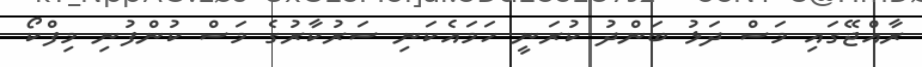
ރާއްޖޭގައި މަސް ދަޅު ބަންދު ކުރަނީ ހަމައެކަނި ސަރުކާރުގެ މަސް ކުންފުނި މިފްކޯ